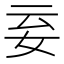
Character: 𡛍